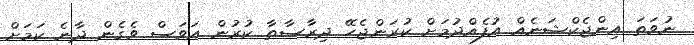
ނުވަތަ އިންޖެކްޝަނެއް އުފެއްދުމަށް ކުރަންޖެހޭ ދިރާސާތާ ކުރުން އަވަސް ވެގެން ދާނެ ކަމަށް